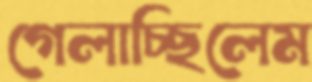
গেলাচ্ছিলেম